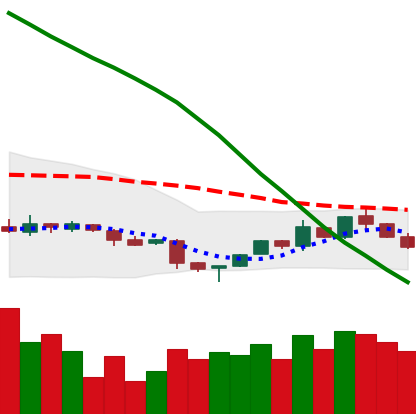
Ticker: NEO-USD
Chart end date: 2018-11-09
Forward return: -15.187%
Label: down_7plus